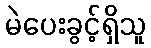
မဲပေးခွင့်ရှိသူ